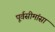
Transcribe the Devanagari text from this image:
पूर्वसीमांसा